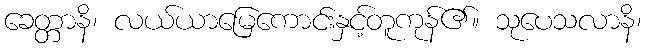
ခေတ္တာနိ၊ လယ်ယာမြေကောင်းနှင့်တူကုန်၏။ သုပေသလာနိ၊